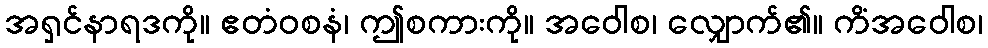
အရှင်နာရဒကို။ ဧတံဝစနံ၊ ဤစကားကို။ အဝေါစ၊ လျှောက်၏။ ကိံအဝေါစ၊